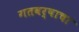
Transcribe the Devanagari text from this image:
गतवर्षाचा